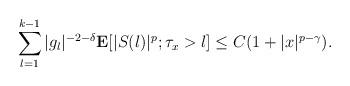
LaTeX: \begin{align*}\sum_{l=1}^{k-1}|g_{l}|^{-2-\delta}\mathbf{E}[|S(l)|^p;\tau_x>l]\le C(1+|x|^{p-\gamma}).\end{align*}